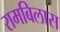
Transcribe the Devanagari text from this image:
रामबिलास